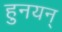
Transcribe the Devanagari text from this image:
हुनयन्